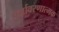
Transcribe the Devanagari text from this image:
पर्यावरणात्‍मक